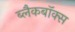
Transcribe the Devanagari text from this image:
ब्लैकबॉक्स